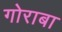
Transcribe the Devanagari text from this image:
गोराबा